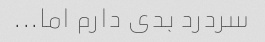
سردرد بدی دارم اما...